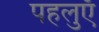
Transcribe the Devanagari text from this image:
पहलुएँ